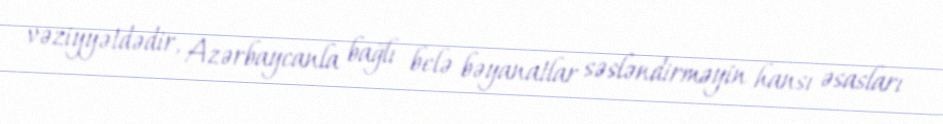
vəziyyətdədir, Azərbaycanla bağlı belə bəyanatlar səsləndirməyin hansı əsasları